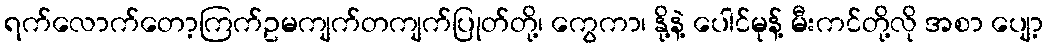
ရက်လောက်တော့ကြက်ဥမကျက်တကျက်ပြုတ်တို့၊ ကွေကာ၊ နို့နဲ့ ပေါင်မုန့် မီးကင်တို့လို အစာ ပျော့